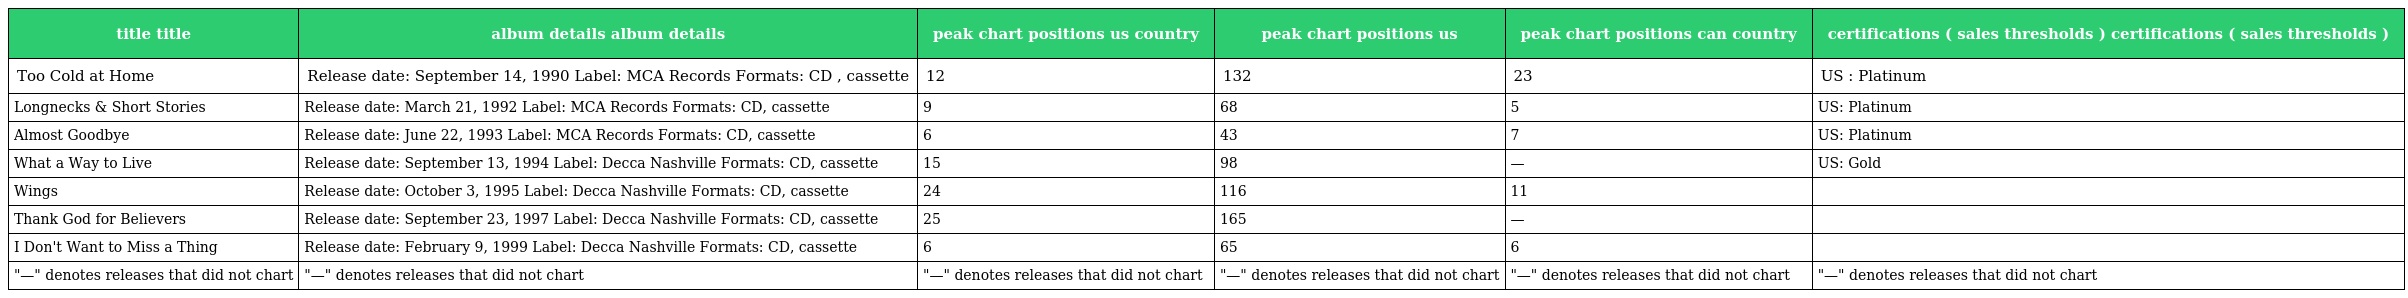
| title title | album details album details | peak chart positions us country | peak chart positions us | peak chart positions can country | certifications ( sales thresholds ) certifications ( sales thresholds ) |
 | --- | --- | --- | --- | --- | --- |
 | Too Cold at Home | Release date: September 14, 1990 Label: MCA Records Formats: CD , cassette | 12 | 132 | 23 | US : Platinum |
 | Longnecks & Short Stories | Release date: March 21, 1992 Label: MCA Records Formats: CD, cassette | 9 | 68 | 5 | US: Platinum |
 | Almost Goodbye | Release date: June 22, 1993 Label: MCA Records Formats: CD, cassette | 6 | 43 | 7 | US: Platinum |
 | What a Way to Live | Release date: September 13, 1994 Label: Decca Nashville Formats: CD, cassette | 15 | 98 | — | US: Gold |
 | Wings | Release date: October 3, 1995 Label: Decca Nashville Formats: CD, cassette | 24 | 116 | 11 |  |
 | Thank God for Believers | Release date: September 23, 1997 Label: Decca Nashville Formats: CD, cassette | 25 | 165 | — |  |
 | I Don't Want to Miss a Thing | Release date: February 9, 1999 Label: Decca Nashville Formats: CD, cassette | 6 | 65 | 6 |  |
 | "—" denotes releases that did not chart | "—" denotes releases that did not chart | "—" denotes releases that did not chart | "—" denotes releases that did not chart | "—" denotes releases that did not chart | "—" denotes releases that did not chart |